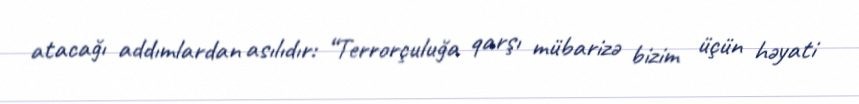
atacağı addımlardan asılıdır: “Terrorçuluğa qarşı mübarizə bizim üçün həyati